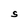
Character: S